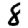
Digit: 8